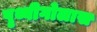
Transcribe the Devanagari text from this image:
पृथ्वीगोलास